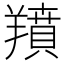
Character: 羵